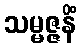
သမ္မဇ္ဇနိံ